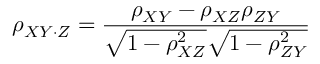
\rho _ { X Y \cdot Z } = { \frac { \rho _ { X Y } - \rho _ { X Z } \rho _ { Z Y } } { { \sqrt { 1 - \rho _ { X Z } ^ { 2 } } } { \sqrt { 1 - \rho _ { Z Y } ^ { 2 } } } } }